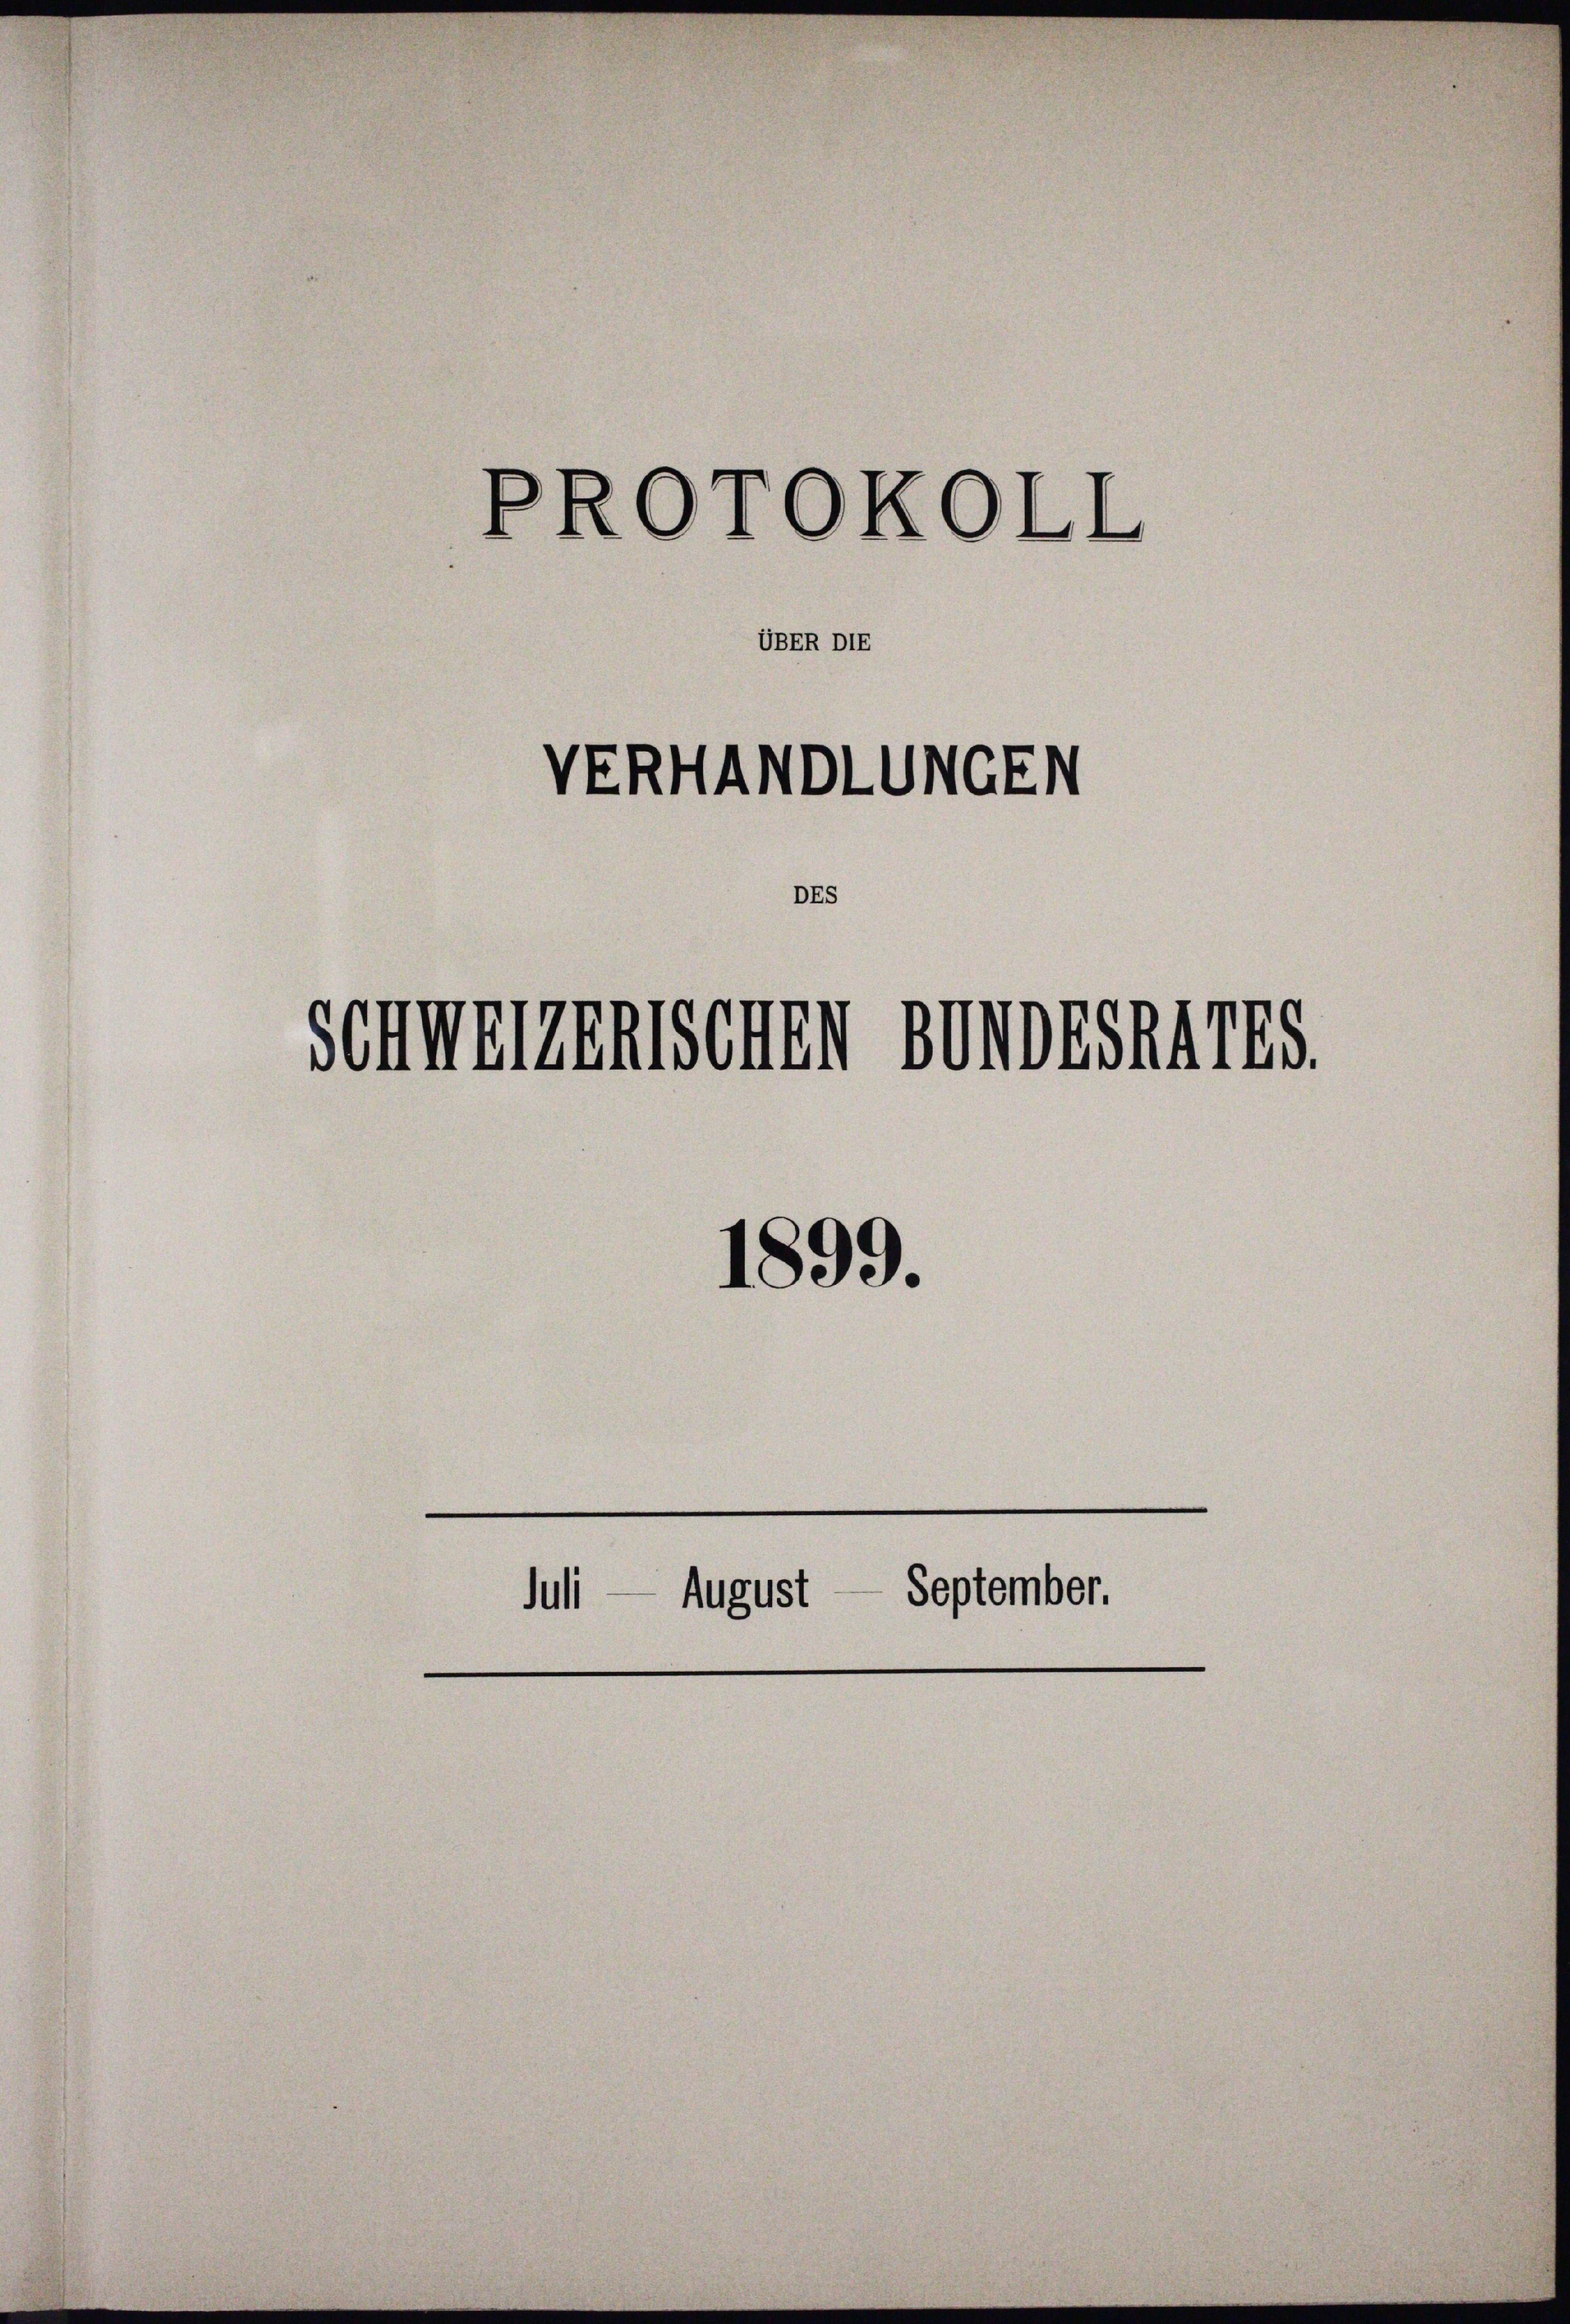
VERHANDLUNGEN
DEs
Schmerzenschen Bundesraths
1899.
Juli — August September.

PROTOKOLL

UBER DIE